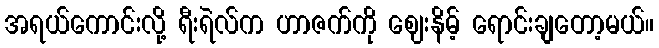
အရယ်ကောင်းလို့ ရီးရဲလ်က ဟာဇက်ကို ဈေးနိမ့် ရောင်းချတော့မယ်။